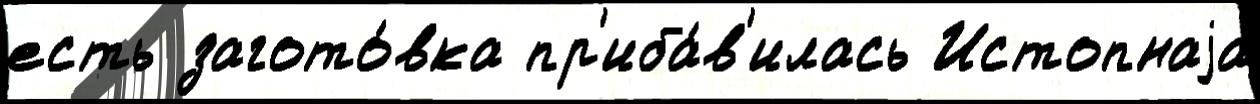
есть загото́вка пр'иба́в'илась Истопнаjа